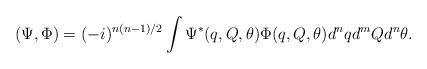
LaTeX: \begin{align*}(\Psi, \Phi) = (-i)^{n(n-1)/2} \int \Psi^*(q, Q, \theta) \Phi(q, Q,\theta) d^n q d^m Q d^n \theta. \end{align*}